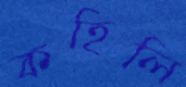
কহিলি